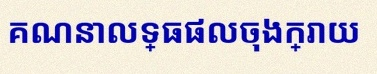
គណនាលទ្ធផលចុងក្រោយ